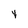
Character: Y